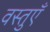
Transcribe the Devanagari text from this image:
वस्‍तुएँ